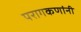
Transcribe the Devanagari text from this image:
परागकणांनी